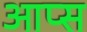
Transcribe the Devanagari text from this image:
आप्स